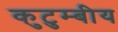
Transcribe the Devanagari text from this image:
कुटुम्बीय